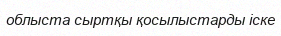
облыста сыртқы қосылыстарды іске